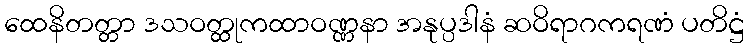
ထေနိတတ္တာ ဒသဝတ္ထုကထာဝဏ္ဏနာ အနုပ္ပဒါနံ ဆဝိရာဂကရဏံ ပတိဋ္ဌံ